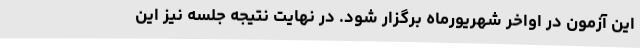
این آزمون در اواخر شهریورماه برگزار شود. در نهایت نتیجه جلسه نیز این